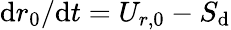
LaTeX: {\mathrm{d}r_{0}}/{\mathrm{d}t}=U_{r,0}-S_{\mathrm{d}}